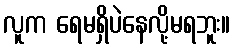
လူက ရေမရှိပဲနေလို့မရဘူး။